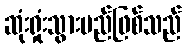
ဆုံးရှုံးသွားမည်ဖြစ်သည်